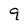
Character: 9